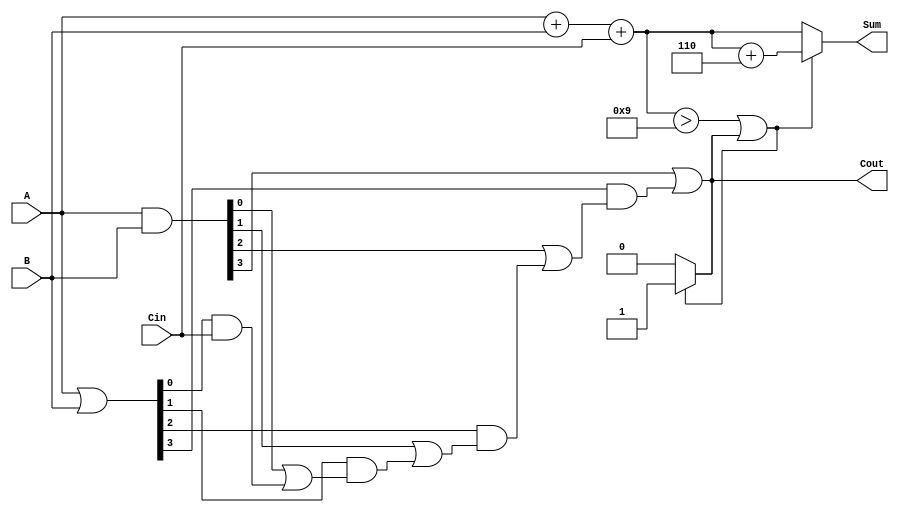
module BCD_Carry_Lookahead_Adder(
    input [3:0] A,     // First BCD digit
    input [3:0] B,     // Second BCD digit
    input Cin,         // Carry-in
    output reg [3:0] Sum, // BCD Sum
    output reg Cout     // Carry-out
);

// Intermediate signals
wire [3:0] S;          // Initial binary sum
wire [3:0] G;         // Generate signals
wire [3:0] P;         // Propagate signals
wire C1, C2, C3;      // Carry signals

// Generate and Propagate logic
assign G = A & B;        // Generate: G[i] = A[i] AND B[i]
assign P = A | B;        // Propagate: P[i] = A[i] OR B[i]

// Binary sum calculation
assign S = A + B + Cin;

// Carry lookahead logic
assign C1 = G[0] | (P[0] & Cin);
assign C2 = G[1] | (P[1] & C1);
assign C3 = G[2] | (P[2] & C2);
assign Cout = G[3] | (P[3] & C3);

// BCD Correction Logic
always @(*) begin
    if (S > 9 || Cout) begin
        // If sum exceeds BCD range, add 6
        Sum = S + 4'b0110;
        Cout = 1; // Generate carry out
    end else begin
        Sum = S;
        Cout = 0; // No carry out
    end
end

endmodule